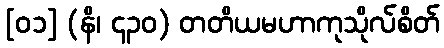
[၀၁] (နိ၊ ၄၃၀) တတိယမဟာကုသိုလ်စိတ်